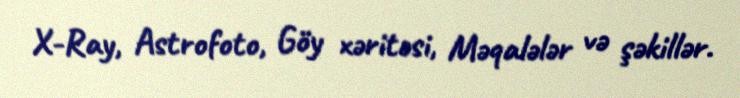
X-Ray, Astrofoto, Göy xəritəsi, Məqalələr və şəkillər.